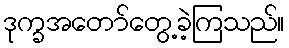
ဒုက္ခအတော်တွေ့ခဲ့ကြသည်။